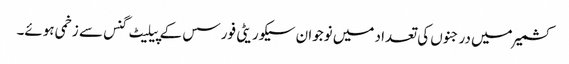
کشمیر میں درجنوں کی تعداد میں نوجوان سیکوریٹی فورسس کے پیلیٹ گنس سے زخمی ہوئے۔